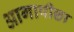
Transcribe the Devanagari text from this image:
आगापीछा